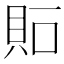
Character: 𧵀